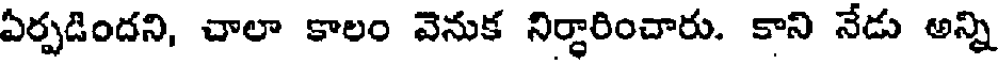
ఏర్పడిందని, చాలా కాలం వెనుక నిర్ధారించారు. కాని నేడు అన్ని